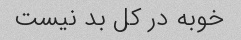
خوبه در کل بد نیست